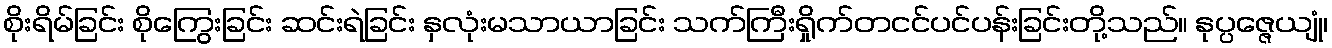
စိုးရိမ်ခြင်း စိုကြွေးခြင်း ဆင်းရဲခြင်း နှလုံးမသာယာခြင်း သက်ကြီးရှိုက်တငင်ပင်ပန်းခြင်းတို့သည်။ နုပ္ပဇ္ဇေယျုံ၊